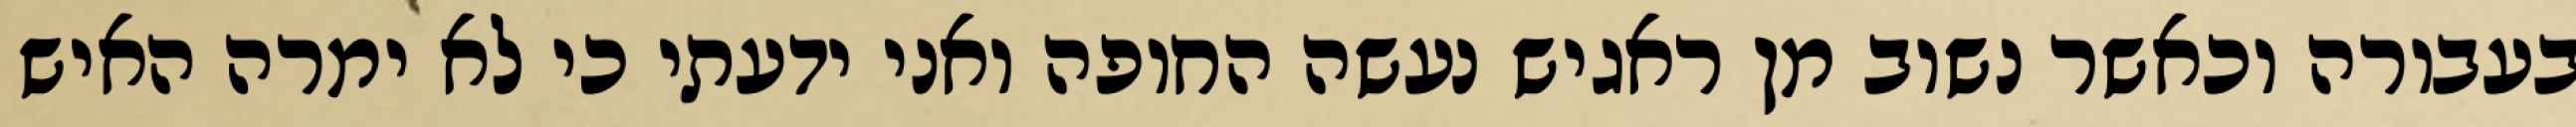
בעבורה וכאשר נשוב מן ראגיש נעשה החופה ואני ידעתי כי לא ימרה האיש